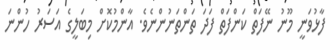
ފާޅުވަނީ މޫނު ނޭފަތް ކަންފަތް ފަދަ ތަންތަނުންނެވެ. އާންމުކޮށް މިބަލީގެ އަސަރު ހުންނަ